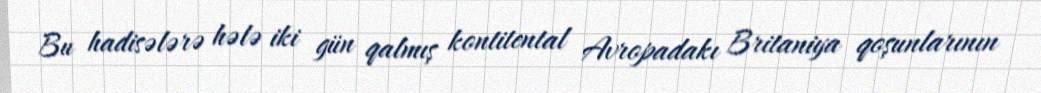
Bu hadisələrə hələ iki gün qalmış kontitental Avropadakı Britaniya qoşunlarının